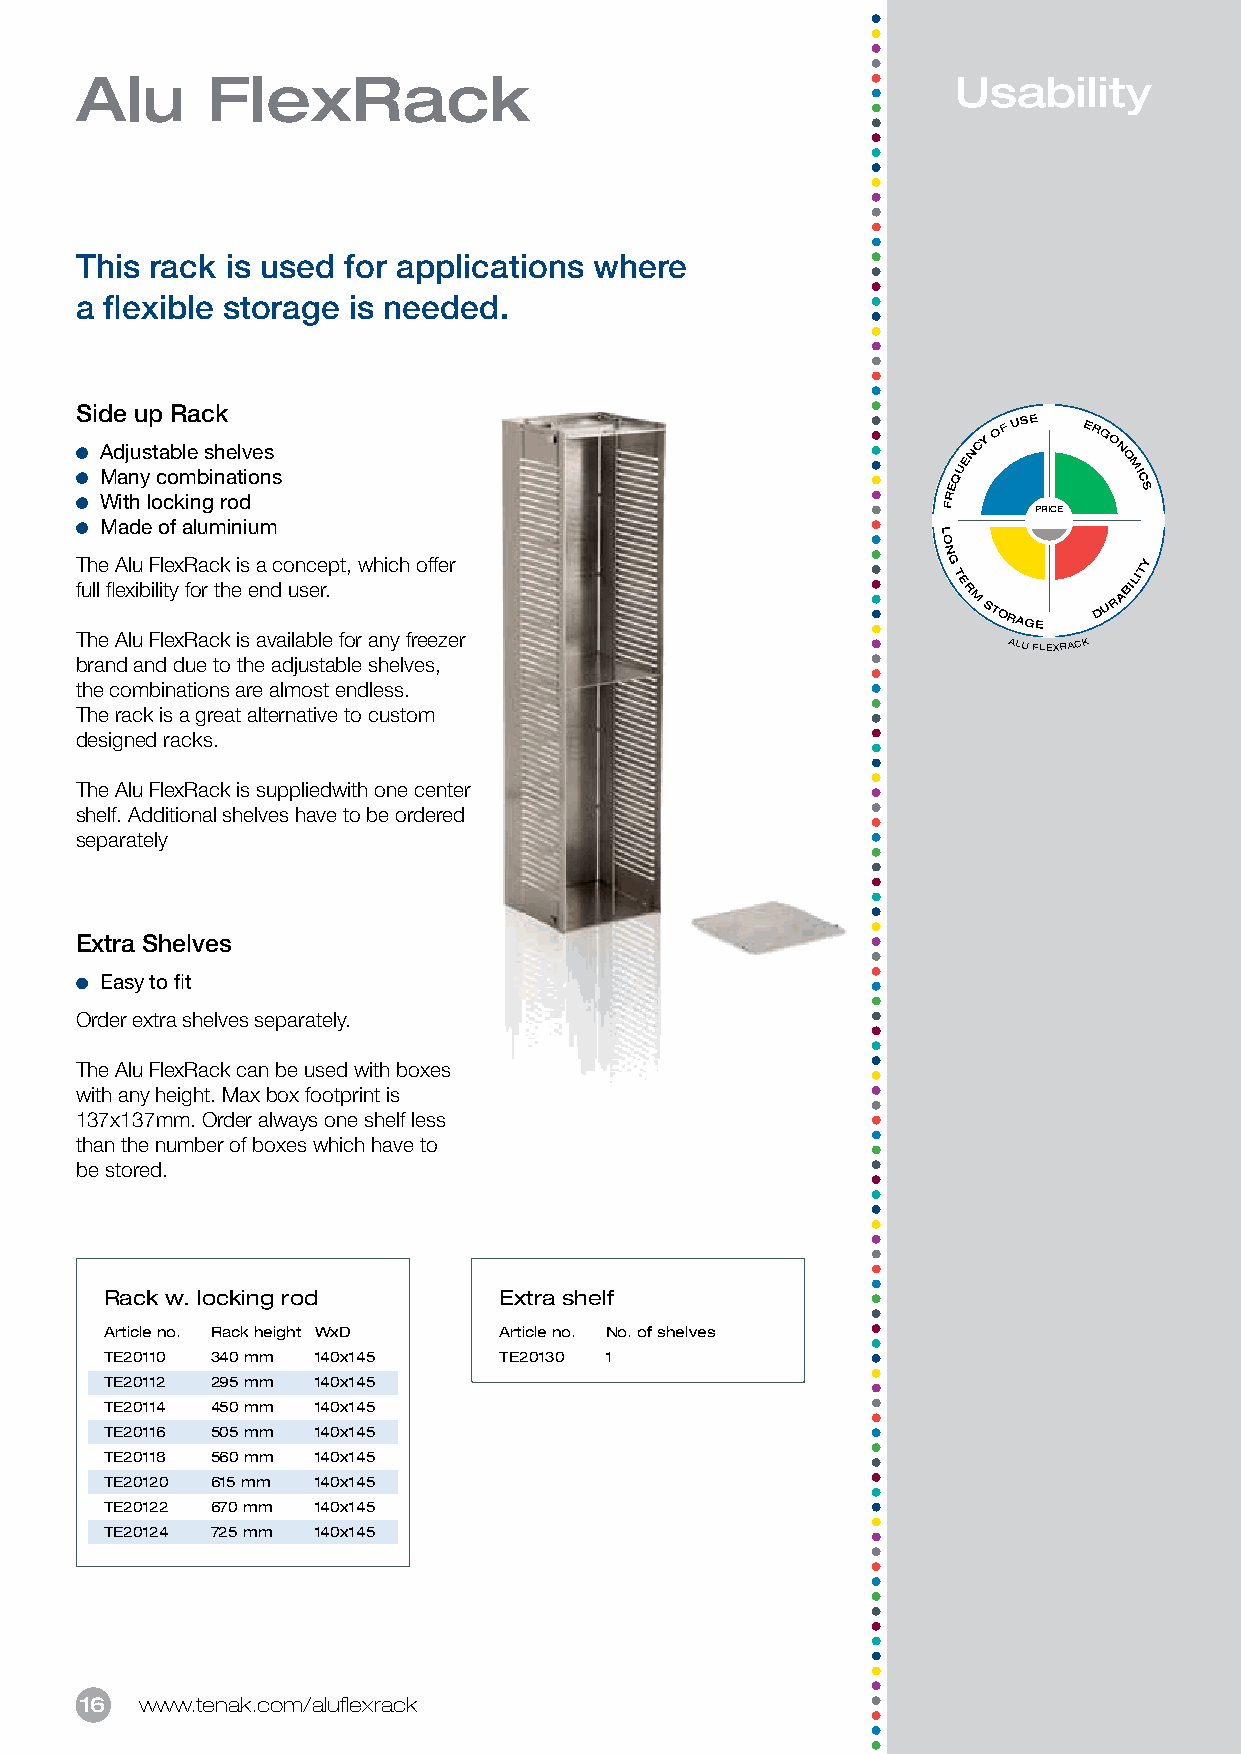
Alu      FlexRack                                         Usability
 This rack is used for applications where
 a flexible storage is needed.
 Side up Rack
 Adjustable shelves                                       NCY
 OF
 USE
 ERG
 O N
 Many combinations                                       QUE        O M IC
 E           S
 With locking rod                                        R
 F     PRICE
 Made of aluminium
 L
 O
 N
 The Alu FlexRack is a concept, which offer                G            Y
 full flexibility for the end user.
 T
 E
 R
 M STORAGE DU R
 ABILIT
 The Alu FlexRack is available for any freezer
 ALU FLEXRACK
 brand and due to the adjustable shelves,
 the combinations are almost endless.
 The rack is a great alternative to custom
 designed racks.
 The Alu FlexRack is suppliedwith one center
 shelf. Additional shelves have to be ordered
 separately
 Extra Shelves
 Easy to fit
 Order extra shelves separately.
 The Alu FlexRack can be used with boxes
 with any height. Max box footprint is
 137x137mm. Order always one shelf less
 than the number of boxes which have to
 be stored.
 Rack w. locking rod       Extra shelf
 Article no. Rack height WxD Article no. No. of shelves
 TE20110 340 mm 140x145    TE20130 1
 TE20112 295 mm 140x145
 TE20114 450 mm 140x145
 TE20116 505 mm 140x145
 TE20118 560 mm 140x145
 TE20120 615 mm 140x145
 TE20122 670 mm 140x145
 TE20124 725 mm 140x145
 16  www.tenak.com/aluflexrack